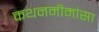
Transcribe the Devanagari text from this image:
कथनमीमांसा